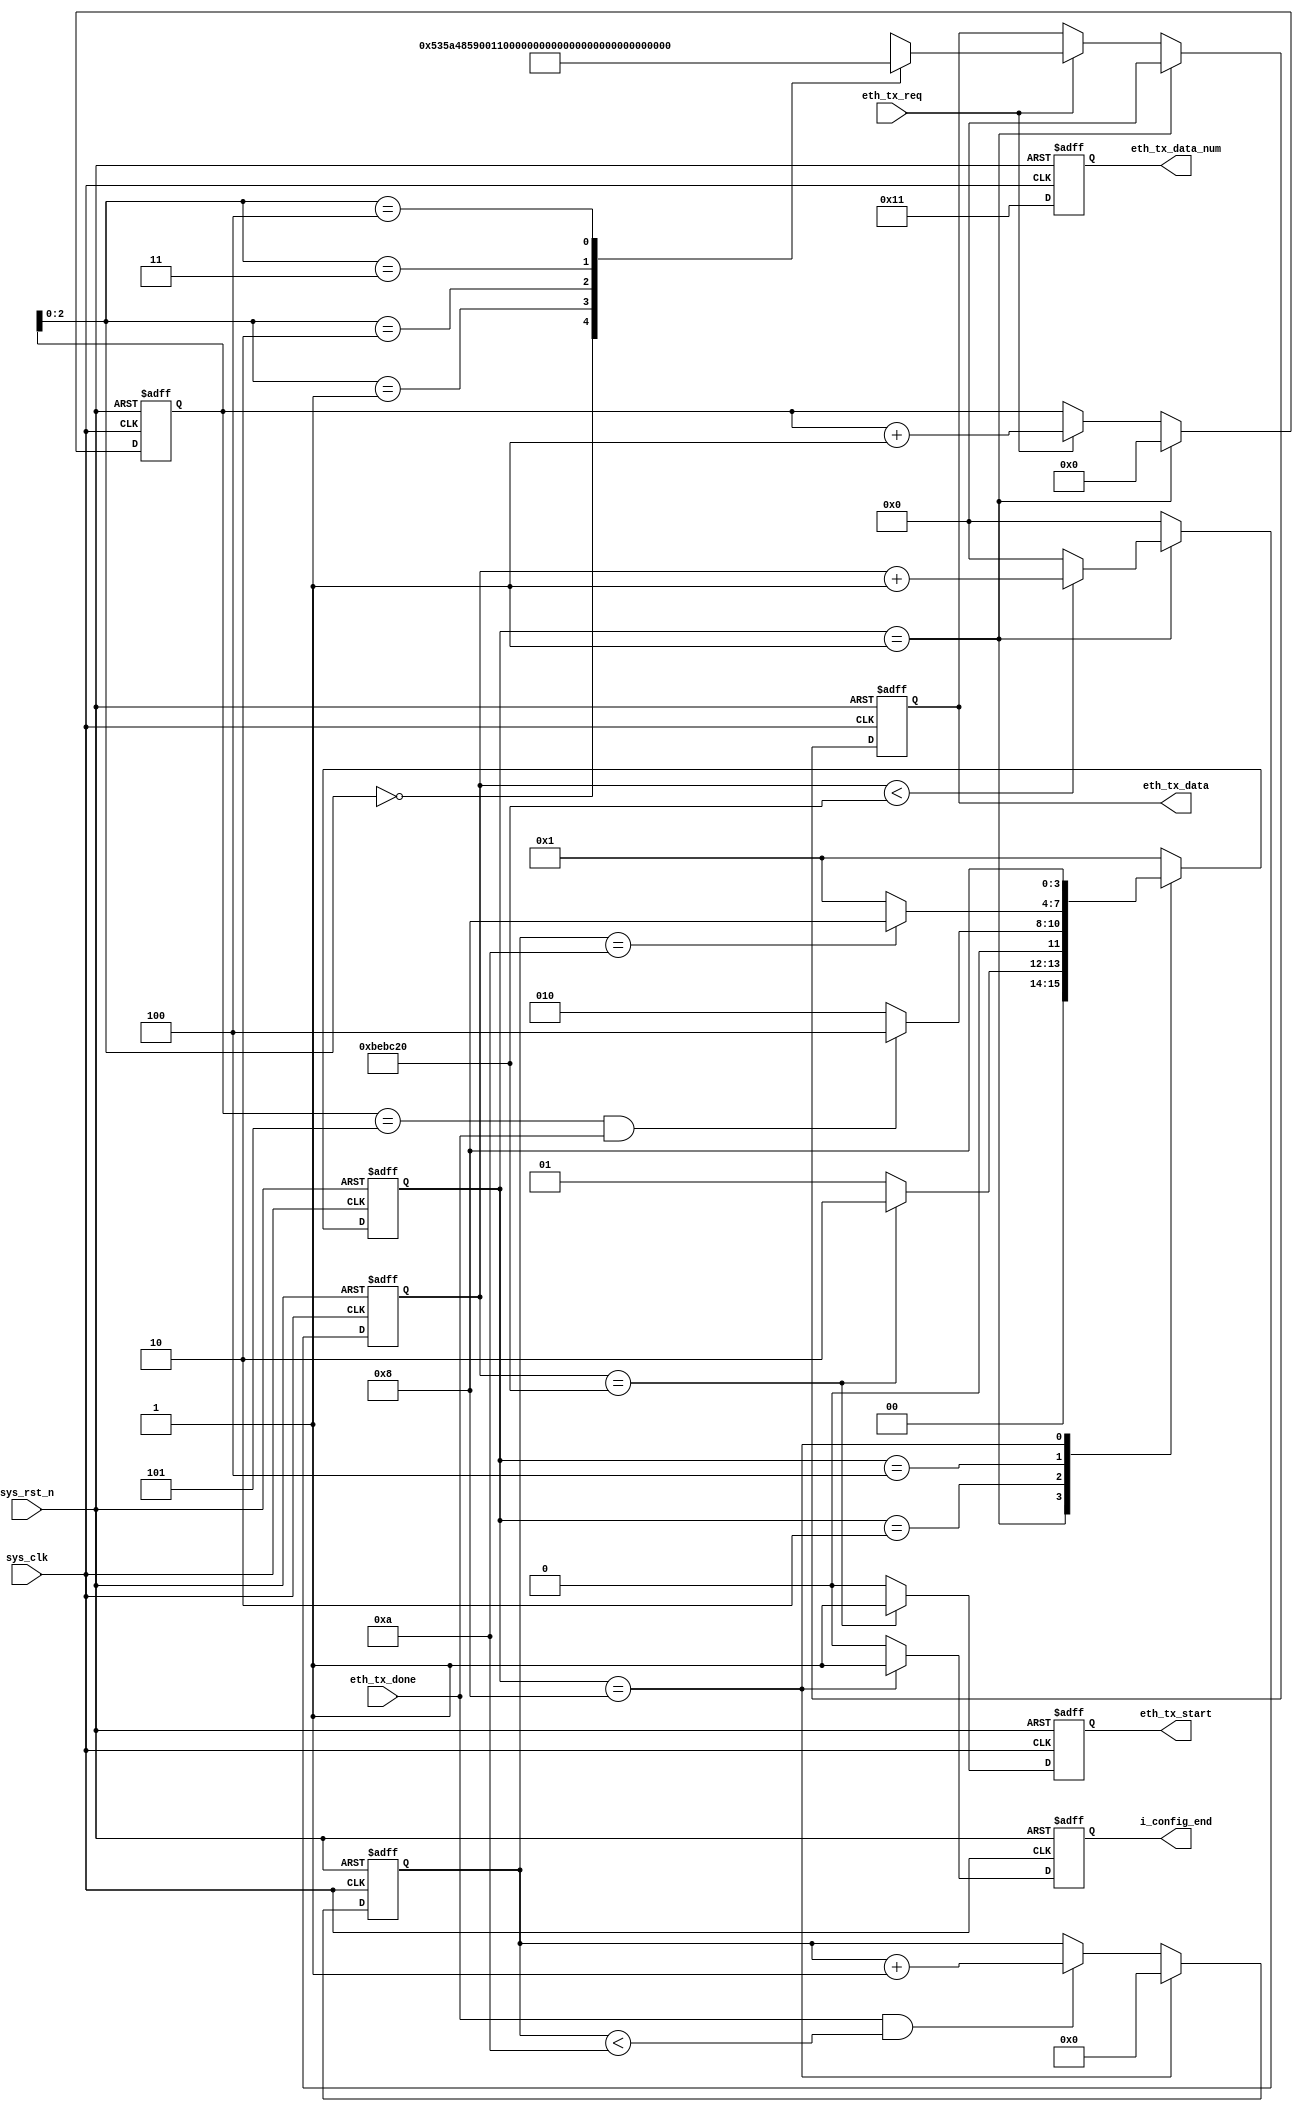
`timescale  1ns/1ns
////////////////////////////////////////////////////////////////////////
// Module Name   : eth_ov7725_rgb
// Project Name  : image_format
// Target Devices: Altera EP4CE10F17C8N
// Tool Versions : Quartus 13.0
// Description   : 
// 
// Revision      : V1.0
// Additional Comments:
// 
// : _Pro_FPGA
//     : http://www.embedfire.com
//     : http://www.firebbs.cn
//     : https://fire-stm32.taobao.com
////////////////////////////////////////////////////////////////////////

module  image_format
(
    input   wire            sys_clk     ,   //
    input   wire            sys_rst_n   ,   //
    input   wire            eth_tx_req  ,   //
    input   wire            eth_tx_done ,   //

    output  reg             eth_tx_start,   //
    output  reg     [31:0]  eth_tx_data ,   //
    output  reg             i_config_end,   //
    output  reg     [15:0]  eth_tx_data_num //

);

//********************************************************************//
//****************** Parameter and Internal Signal *******************//
//********************************************************************//
//parameter     define
parameter   HEAD        =   32'h53_5a_48_59     ,   //
            ADDR        =   8'h00               ,   //
            DATA_NUM    =   32'h11_00_00_00     ,   //
            CMD         =   8'h01               ,   //
            FORMAT      =   8'h04               ,   //(RGB565)
            H_PIXEL     =   16'h80_02           ,   //
            V_PIXEL     =   16'hE0_01           ,   //
            CRC         =   16'h7C_0B           ;   //CRC-16

parameter   IDLE        =   4'b0001,    //
            CMD_SEND    =   4'b0010,    //
            CYCLE       =   4'b0100,    //
            END         =   4'b1000;    //

parameter   CNT_START_MAX   =   32'd125_000_00; //

//wire  define
wire    [31:0]  data_mem    [4:0]   ;   //

//reg   define
reg     [3:0]   state       ;   //
reg     [31:0]  cnt_start   ;   //
reg     [3:0]   cnt_data    ;   //
reg     [15:0]  cnt_cycle   ;   //

//********************************************************************//
//***************************** Main Code ****************************//
//********************************************************************//
//data_mem:
assign  data_mem[0]  =  HEAD;
assign  data_mem[1]  =  {ADDR,DATA_NUM[31:8]};
assign  data_mem[2]  =  {DATA_NUM[7:0],CMD,FORMAT,H_PIXEL[15:8]};
assign  data_mem[3]  =  {H_PIXEL[7:0],V_PIXEL,CRC[15:8]};
assign  data_mem[4]  =  {CRC[7:0],24'b0};

//state:
always@(posedge sys_clk or negedge sys_rst_n)
    if(sys_rst_n == 1'b0)
        state   <=  IDLE;
    else    case(state)
        IDLE:
            if(cnt_start == CNT_START_MAX)
                state   <=  CMD_SEND;
            else
                state   <=  IDLE;
        CMD_SEND:
            if((cnt_data == 4'd5) && (eth_tx_done == 1'b1))
                state   <=  CYCLE;
            else
                state   <=  CMD_SEND;
        CYCLE:
            if(cnt_cycle == 16'd10)
                state   <=  END;
            else
                state   <=  IDLE;
        END:    state   <=  END;
        default:state   <=  IDLE;
    endcase

//cnt_start:
always@(posedge sys_clk or negedge sys_rst_n)
    if(sys_rst_n == 1'b0)
        cnt_start   <=  16'd0;
    else    if(state == IDLE)
        if(cnt_start < CNT_START_MAX)
            cnt_start   <=  cnt_start + 1'b1;
        else
            cnt_start   <=  16'd0;
    else
        cnt_start   <=  16'd0;

//eth_tx_start:
always@(posedge sys_clk or negedge sys_rst_n)
    if(sys_rst_n == 1'b0)
        eth_tx_start    <=  1'b0;
    else    if(cnt_start == CNT_START_MAX)
        eth_tx_start    <=  1'b1;
    else
        eth_tx_start    <=  1'b0;

//cnt_data:
always@(posedge sys_clk or negedge sys_rst_n)
    if(sys_rst_n == 1'b0)
        cnt_data <= 4'd0;
    else    if(state == IDLE)
        cnt_data <= 4'd0;
    else    if(eth_tx_req == 1'b1)
        cnt_data <= cnt_data + 1'b1;
    else
        cnt_data <= cnt_data;

//eth_tx_data:
always@(posedge sys_clk or negedge sys_rst_n)
    if(sys_rst_n == 1'b0)
        eth_tx_data <=  32'h0;
    else    if(state == IDLE)
        eth_tx_data <=  32'h0;
    else    if(eth_tx_req == 1'b1)
        eth_tx_data <=  data_mem[cnt_data];
    else
        eth_tx_data <=  eth_tx_data;

//cnt_cycle:
always @(posedge sys_clk or negedge sys_rst_n)
    if(sys_rst_n == 1'b0)
        cnt_cycle   <=  16'd0;
    else    if(state == END)
        cnt_cycle   <=  16'd0;
    else    if((eth_tx_done == 1'b1) && (cnt_cycle < 16'd10))
        cnt_cycle   <=  cnt_cycle + 1'b1;
    else
        cnt_cycle   <=  cnt_cycle;

//i_config_end:
always @(posedge sys_clk or negedge sys_rst_n)
    if(sys_rst_n == 1'b0)
        i_config_end  <=  1'b0;
    else    if(state == END)
        i_config_end  <=  1'b1;
    else
        i_config_end  <=  1'b0;

//eth_tx_data_num:
always @(posedge sys_clk or negedge sys_rst_n)
    if(sys_rst_n == 1'b0)
        eth_tx_data_num <=  16'd0;
    else
        eth_tx_data_num <=  16'd17;

endmodule